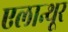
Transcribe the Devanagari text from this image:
एलान्थूर